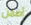
أضمن